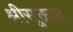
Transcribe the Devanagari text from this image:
श्रीसूक्तात